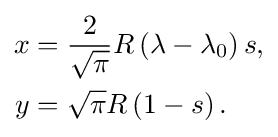
{\begin{aligned}x&={\frac {2}{\sqrt {\pi }}}R\left(\lambda -\lambda _{0}\right)s,\\y&={\sqrt {\pi }}R\left(1-s\right).\end{aligned}}